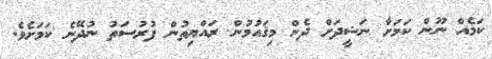
ކަމެއް ނޫން ކަމަށާ ނަޝީދަށް ދެން މިޤައުމުން ރައްޔިތުން ފުރުސަތު ނުދޭނެ ކަމަށެވެ.